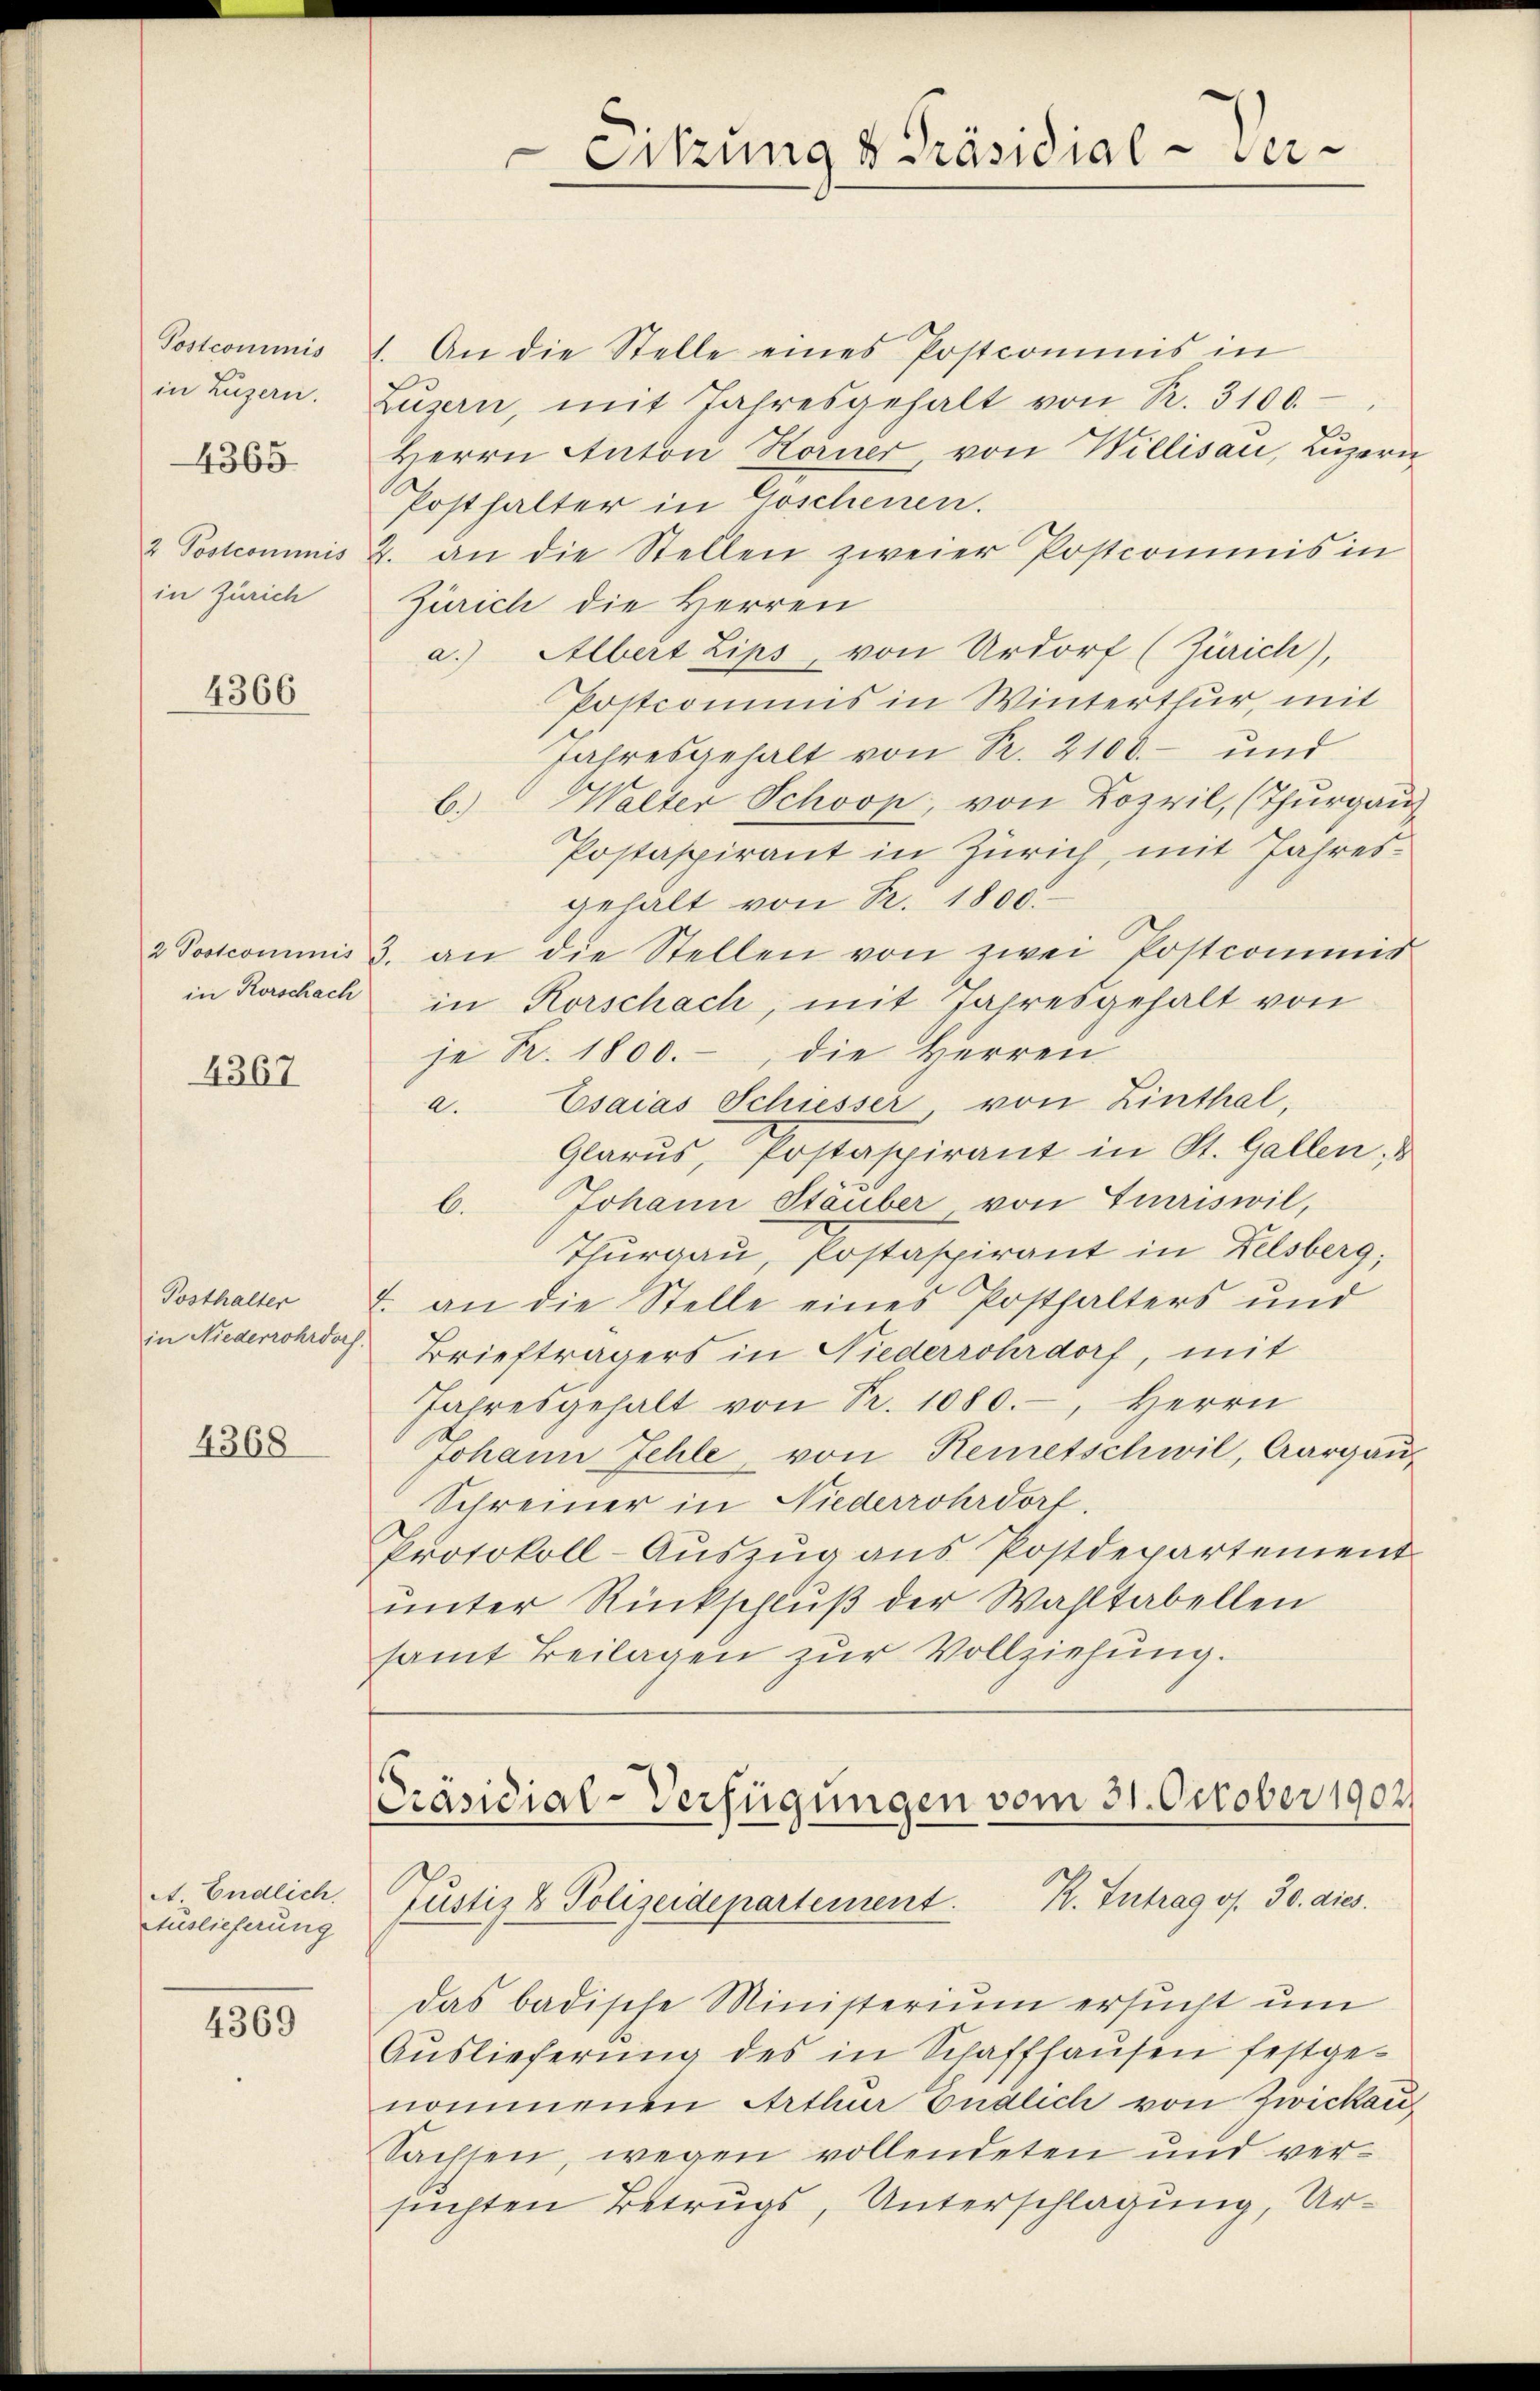
Postcommis
in Luzern.

4365.

2 Postcommis
in Zürich

4366

4367

4368

A. Endlich,
Auslieferung

4369

Sitzung Präsidial-Ver¬

1. An die Stelle eines Postcommis in
Lŭzern, mit Jahresgehalt von R. 3100.
Herrn Anton Horner, von Willisau, Luzern
Posthalter in Goschenen.
2. an die Stellen zweier Postcommis in
Zürich die Herren
a.) Albert Lips, von Urdorf (Zürich),
Postcommis in Winterthur, mit
Jahresgehalt von R. 2100.- und
b.) Walter Schoop, von Lozril, (Thurgau
Postaspirant in Zürich, mit Jahresgehält von P. 1800.
2 Postcommis 3. an die Stellen von zwei Postcommis
in Rorschach in Rorschach, mit Jahresgehalt von
je Fr. 1800.-, die Herren
a. Esaias Schiesser von Linthal,
Glarus, Postaspirant in St. Gallen, d
b. Johann Stauber von Tiuriswil,
Thurgau, Postaspirant in Felsberg,
Posthalter 4. an die Stelle eines Posthalters und
in Niederrohrdof. Briefträgers in Niederrohrdorf, mit
Jahresgehalt von Fr. 1080.-, Herrn
Johann Fehle von Remetschwil, Aargau
Schreiner in Niederrohrdorf.
Protokoll-Auszug aus Postdepartement
ŭnter Rückschlŭβ der Wahltabellen
samt Beilagen zur Vollziehung.

[Präsidial-Verfügungen vom 31. October 1902
Justiz & Polizeidepartement. R. Intrag v. 30. dies

das badische Ministerium ersucht ŭm
Auslieferung des in Schaffhausen festge-
nommenen Arthur Endlich von Zwickar
Sachsen, wegen vollendeten und versuchten Betrugs, Unterschlagung, Ur¬